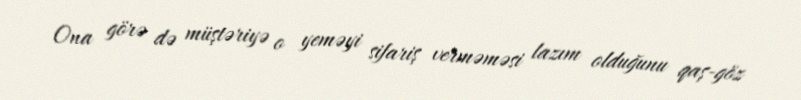
Ona görə də müştəriyə o yeməyi sifariş verməməsi lazım olduğunu qaş-göz